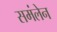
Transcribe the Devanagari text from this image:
समंलेन